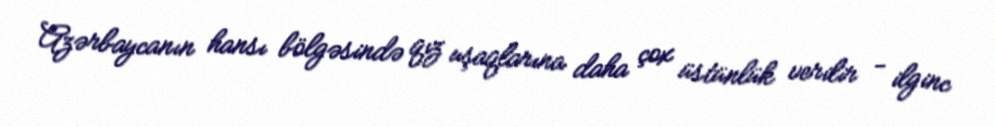
Azərbaycanın hansı bölgəsində qız uşaqlarına daha çox üstünlük verilir - ilginc